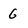
Character: 6